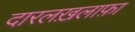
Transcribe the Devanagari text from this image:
दारलख़लाफ़ा